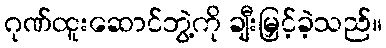
ဂုဏ်ထူးဆောင်ဘွဲ့ကို ချီးမြှင့်ခဲ့သည်။